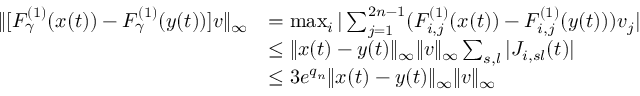
\begin{array} { r l } { \| [ F _ { \gamma } ^ { ( 1 ) } ( x ( t ) ) - F _ { \gamma } ^ { ( 1 ) } ( y ( t ) ) ] v \| _ { \infty } } & { = \operatorname* { m a x } _ { i } | \sum _ { j = 1 } ^ { 2 n - 1 } ( F _ { i , j } ^ { ( 1 ) } ( x ( t ) ) - F _ { i , j } ^ { ( 1 ) } ( y ( t ) ) ) v _ { j } | } \\ & { \le \| x ( t ) - y ( t ) \| _ { \infty } \| v \| _ { \infty } \sum _ { s , l } | J _ { i , s l } ( t ) | } \\ & { \le 3 e ^ { q _ { n } } \| x ( t ) - y ( t ) \| _ { \infty } \| v \| _ { \infty } } \end{array}